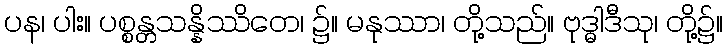
ပန၊ ပါး။ ပစ္စန္တသန္နိဿိတေ၊ ၌။ မနုဿာ၊ တို့သည်။ ဗုဒ္ဓါဒီသု၊ တို့၌။